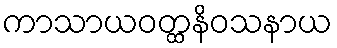
ကာသာယဝတ္ထနိဝသနာယ